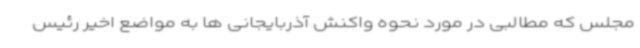
مجلس که مطالبی در مورد نحوه واکنش آذربایجانی ها به مواضع اخیر رئیس